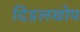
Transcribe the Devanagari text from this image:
दिंडलखोप